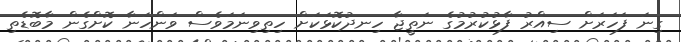
ގިނަ ފަހަރަށް ސިއްރު ފާޅުކުރުމުގެ ނަތީޖާ ހިނދުކޮޅަކަށް ހިތިވިނަމަވެސް ވަންހަނާ ކޮށްގެން މާބޮޑެތި